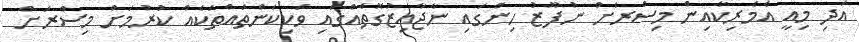
އަދި މިއީ އެމެރިކާއިން މިސްރަށް ނުފޫޒު ހިންގައި ނާޖާއިޒުގޮތެއްގައި ވަކިކަންތައްތަކެއް ކުރުމަށް މިސްރަށް